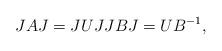
LaTeX: \begin{align*}JAJ = JUJ JBJ = U B^{-1},\end{align*}